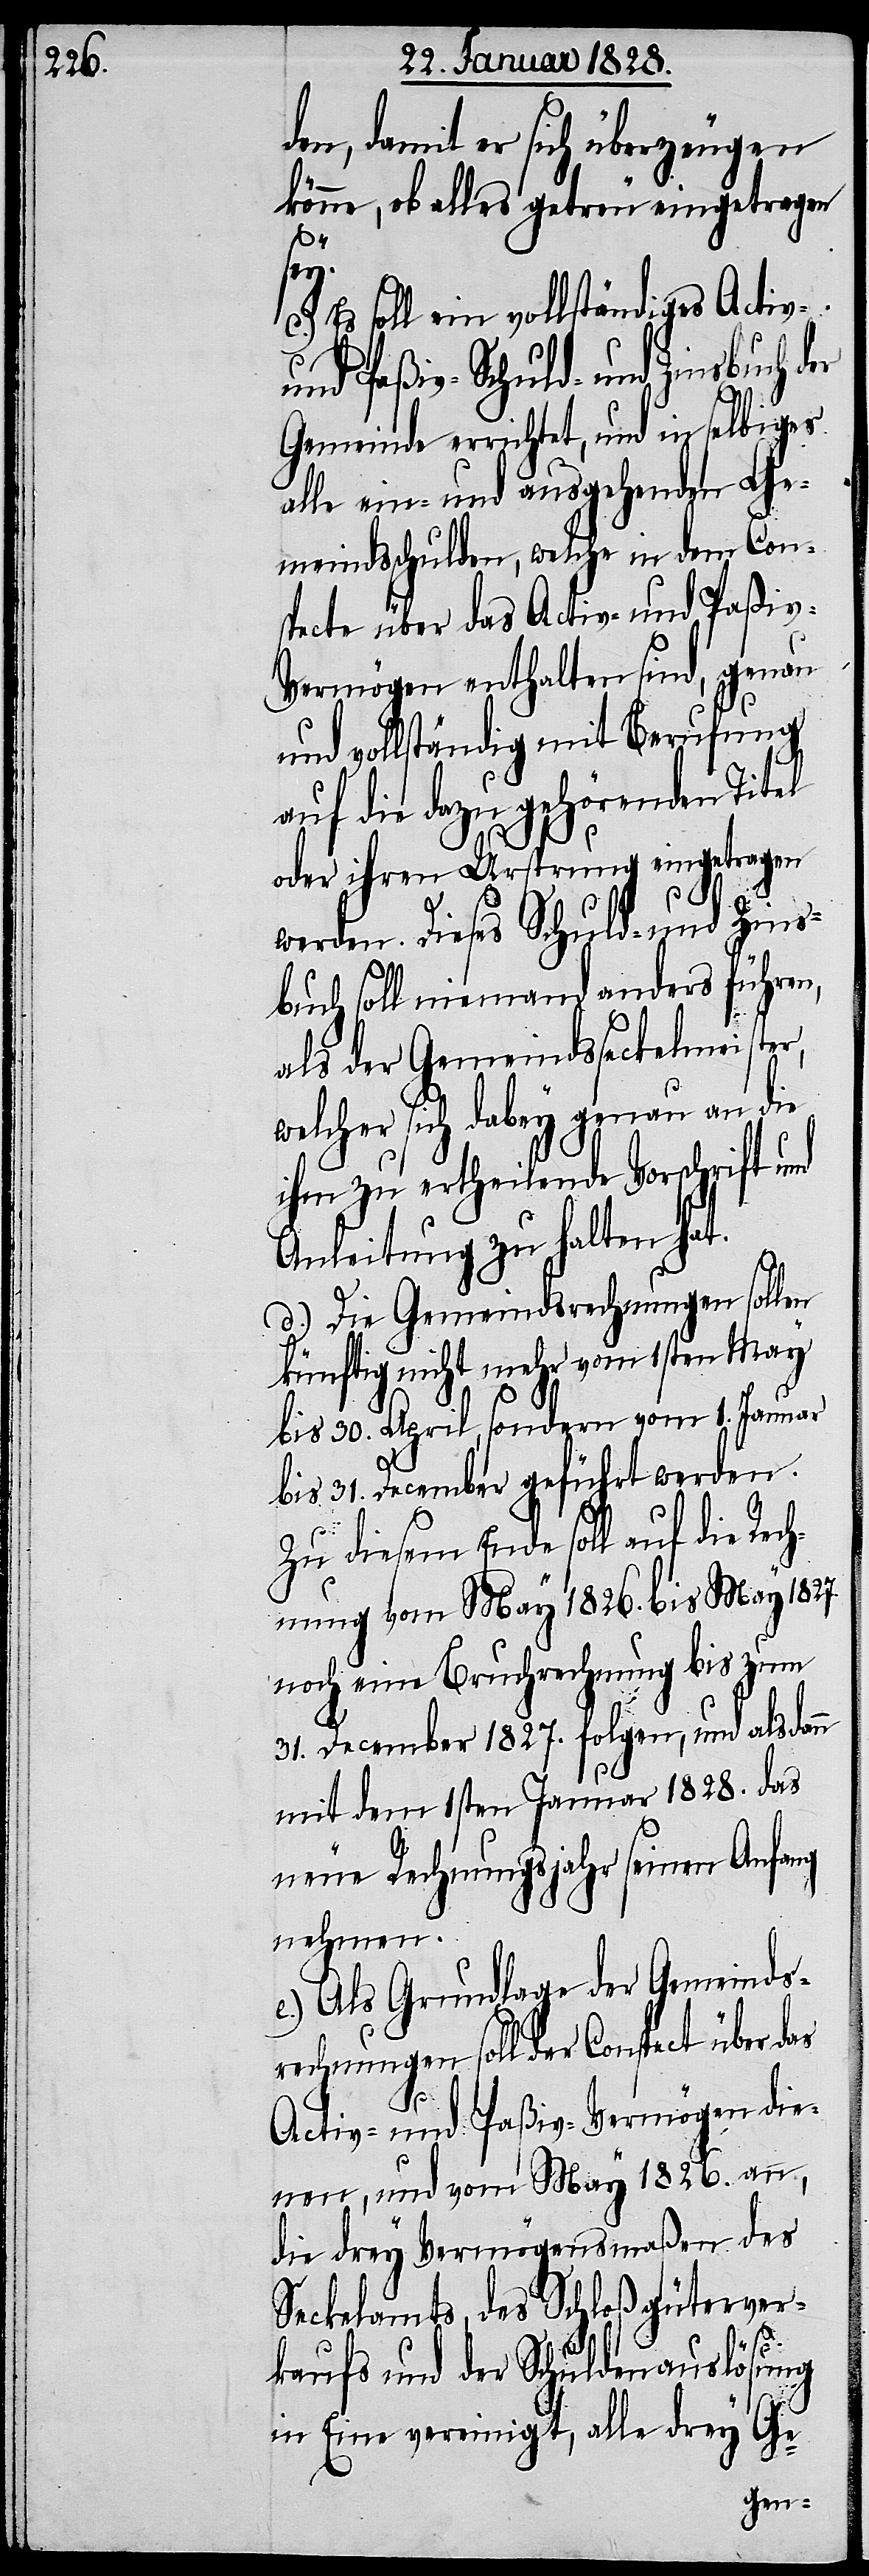
den, damit er sich überzeugen
könne, ob alles getreu eingetragen
v-V¬
sey.
Es soll ein vollständiges Activ-
und Paßiv-Schuld- und Zinsbuch der
Gemeinde errichtet, und in selbiges
alle ein- und ausgehenden Ge¬
meindsschulden, welche in dem Con¬
specte über das Activ- und Passi¬
ermögen enthalten sind, genau
und vollständig mit Berufung
auf die dazu gehörenden Titel
oder ihren Ursprung eingetragen
werden. Dieses Schuld- und Zins¬
buch soll niemand anders führen,
als der Gemeindsseckelmeister,
welcher sich dabey genau an die
ihm zu ertheilende Vorschrift und
Anleitung zu halten hat.
d.) Die Gemeindsrechnungen sollen
künftig nicht mehr vom 1sten May
bis 30. April, sondern vom 1. Januar
bis 31. December geführt werden.
Zu diesem Ende soll auch die Rec¬
hnung vom May 1826. bis May 1827.
noch eine Bruchrechnung bis zum
31. December 1827. folgen, und alsdann
mit dem 1sten Januar 1828. das
neue Rechnungsjahr seinen Anfang
nehmen.
e.) Als Grundlage der Gemeinds¬
rechnungen soll der Conspect über das
Activ- und Paßiv-Vermögen die¬
nen, und vom May 1826. an,
die drey Vermögensmaßen des
Seckelamts , des Schloßgüterver¬
kaufs und der Schuldenauslösung
in Eine vereinigt, alle drey
Ge-